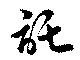
託